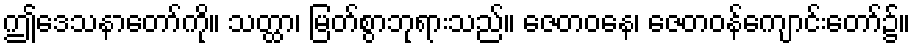
ဤဒေသနာတော်ကို။ သတ္ထာ၊ မြတ်စွာဘုရားသည်။ ဇေတဝနေ၊ ဇေတဝန်ကျောင်းတော်၌။